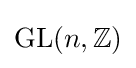
\mathrm {GL} (n,\mathbb {Z} )